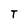
Character: T